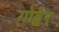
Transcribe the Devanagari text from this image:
गोद्बेर्